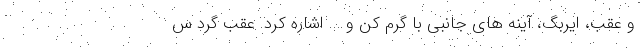
و عقب، ایربگ، آینه های جانبی با گرم کن و ... اشاره کرد. عقب گرد س